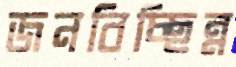
জনবিচ্ছিন্ন